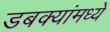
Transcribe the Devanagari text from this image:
डबक्यांमध्ये